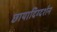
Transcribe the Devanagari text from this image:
छायादिग्दर्शन